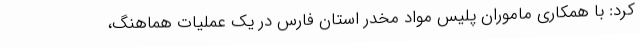
کرد: با همکاری ماموران پلیس مواد مخدر استان فارس در یک عملیات هماهنگ،